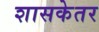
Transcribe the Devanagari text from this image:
शासकेतर